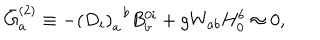
\bar { G } _ { a } ^ { ( 2 ) } \equiv - \left( D _ { i } \right) _ { a } ^ { \; \; b } B _ { b } ^ { 0 i } + g W _ { a b } H _ { 0 } ^ { b } \approx 0 ,